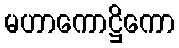
မဟာကောဋ္ဌိကော